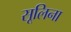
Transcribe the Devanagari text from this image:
सूलिना